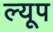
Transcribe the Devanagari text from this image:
ल्यूप